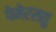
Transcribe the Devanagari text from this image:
पेमेरसतु